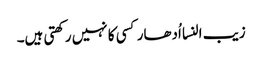
زیب النسا اُدھار کسی کا نہیں رکھتی ہیں۔